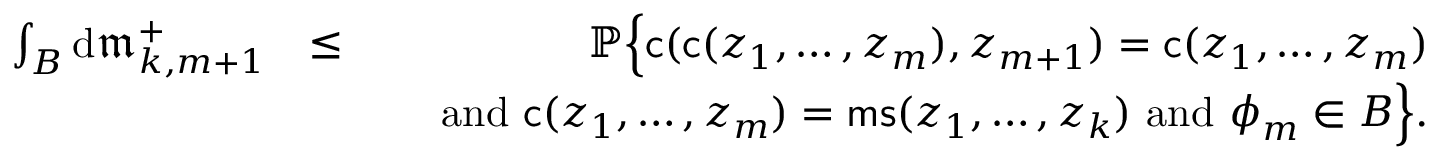
\begin{array} { r l r } { \int _ { B } \mathrm { d } \mathfrak { m } _ { k , m + 1 } ^ { + } } & { \leq } & { { \mathbb { P } } \Big \{ \mathsf { c } ( \mathsf { c } ( { \boldsymbol { z } } _ { 1 } , \ldots , { \boldsymbol { z } } _ { m } ) , { \boldsymbol { z } } _ { m + 1 } ) = \mathsf { c } ( { \boldsymbol { z } } _ { 1 } , \ldots , { \boldsymbol { z } } _ { m } ) } \\ & { } & { \quad \mathrm { ~ a n d ~ } \mathsf { c } ( { \boldsymbol { z } } _ { 1 } , \ldots , { \boldsymbol { z } } _ { m } ) = \mathsf { m s } ( { \boldsymbol { z } } _ { 1 } , \ldots , { \boldsymbol { z } } _ { k } ) \mathrm { ~ a n d ~ } { \boldsymbol { \phi } } _ { m } \in B \Big \} . } \end{array}